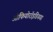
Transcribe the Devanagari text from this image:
ओफियोरॉइडियया